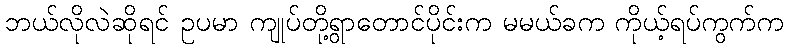
ဘယ်လိုလဲဆိုရင် ဥပမာ ကျုပ်တို့ရွာတောင်ပိုင်းက မမယ်ခက ကိုယ့်ရပ်ကွက်က